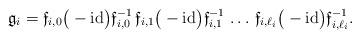
LaTeX: \begin{align*}\mathfrak{g}_i=\mathfrak{f}_{i,0}\big(-\mathrm{id}\big)\mathfrak{f}_{i,0}^{-1}\,\mathfrak{f}_{i,1}\big(-\mathrm{id}\big)\mathfrak{f}_{i,1}^{-1}\,\ldots\,\mathfrak{f}_{i,\ell_i}\big(-\mathrm{id}\big)\mathfrak{f}_{i,\ell_i}^{-1}.\end{align*}